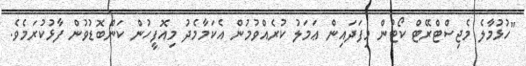
"ހުޅުމާލެ މެޖިސްޓްރޭޓް ކޯޓުން މިފަދައިން ޢަމަލު ކުރެއްވުމުން އެކަމާމެދު މިއޮފީހުން ކަންބޮޑުވުން ފާޅުކުރަމެވެ.